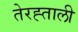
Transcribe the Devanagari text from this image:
तेरह्ताली